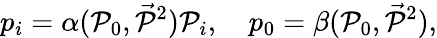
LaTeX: p_{i}=\alpha({\cal P}_{0},\vec{{\cal P}}{}^{2}){\cal P}_{i},\quad p_{0}=\beta({\cal P}_{0},\vec{{\cal P}}{}^{2}),